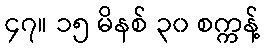
၄၇။ ၁၅ မိနစ် ၃၀ စက္ကန့်